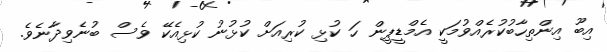
އިބޫ އިންތިހާބުކުރެއްވުމަކީ އެމްޑީޕީން ހަ ކުޅި ކުރިއަށް ކުޅުނު ކުޅިއެކޭ ވެސް ބުނެވިދާނެވެ.